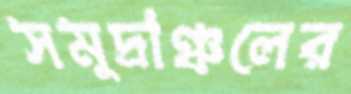
সমুদ্রাঞ্চলের